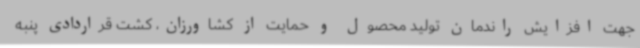
جهت افزایش راندمان تولید محصول و حمایت از کشاورزان، کشت قراردادی پنبه